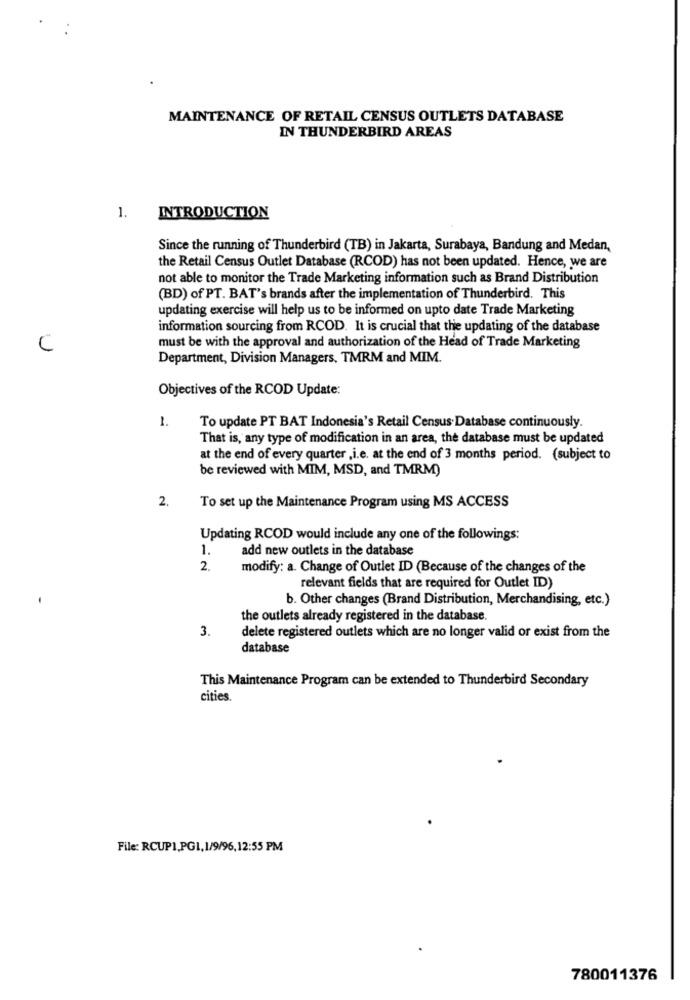
MAINTENANCE OF RETAIL CENSUS OUTLETS DATABASE
IN THUNDERBIRD AREAS
1.
INTRODUCTION
Since the running of Thunderbird (TB) in Jakarta, Surabaya, Bandung and Medan,
the Retail Census Outlet Database (RCOD) has not been updated. Hence, we are
not able to monitor the Trade Marketing information such as Brand Distribution
(BD) of PT. BAT's brands after the implementation of Thunderbird. This
updating exercise will help us to be informed on upto date Trade Marketing
information sourcing from RCOD. It is crucial that the updating of the database
must be with the approval and authorization of the Head of Trade Marketing
C
Department, Division Managers, TMRM and MIM.
Objectives of the RCOD Update:
1.
To update PT BAT Indonesia's Retail Census Database continuously.
That is, any type of modification in an area, the database must be updated
at the end of every quarter ,i.e. at the end of 3 months period. (subject to
be reviewed with MIM, MSD, and TMRM)
2.
To set up the Maintenance Program using MS ACCESS
Updating RCOD would include any one of the followings:
1.
add new outlets in the database
2.
modify: a. Change of Outlet ID (Because of the changes of the
relevant fields that are required for Outlet ID)
b. Other changes (Brand Distribution, Merchandising, etc.)
the outlets already registered in the database.
3.
delete registered outlets which are no longer valid or exist from the
database
This Maintenance Program can be extended to Thunderbird Secondary
cities.
File: RCUP1.PG1, 1/9/96,12:55 PM
780011376